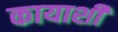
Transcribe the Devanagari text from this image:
कायाशीं